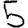
Digit: 5